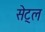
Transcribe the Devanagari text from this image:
सेट्ल